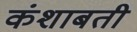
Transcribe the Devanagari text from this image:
कंशाबती